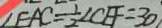
\angle E A C = \frac { 1 } { 2 } \angle C E F = 3 0